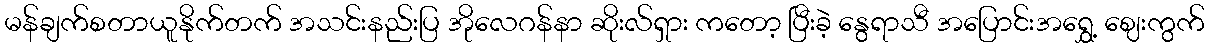
မန်ချက်စတာယူနိုက်တက် အသင်းနည်းပြ အိုလေဂန်နာ ဆိုးလ်ရှား ကတော့ ပြီးခဲ့ နွေရာသီ အပြောင်းအရွှေ့ ဈေးကွက်